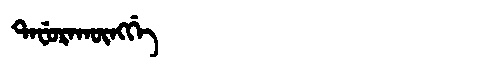
Manchu: ᡨᠠᠸᡠᡵᠠᡴᡡᠩᡤᡝ
Romanization: TAFURAKŪNGGE